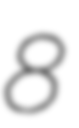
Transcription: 8